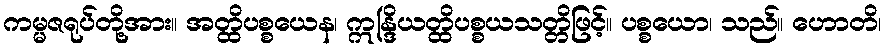
ကမ္မဇရုပ်တို့အား။ အတ္ထိပစ္စယေန၊ ဣန္ဒြိယတ္ထိပစ္စယသတ္တိဖြင့်။ ပစ္စယော၊ သည်။ ဟောတိ၊